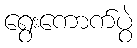
ရွေးကောက်ပွဲ